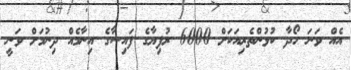
އެއް ވަނަ ހޯދާ ކުޅުންތެރިއަކަށް 6000 ރުފިޔާގެ ފައިސާގެ އިނާމެއް ދިނުމަށް ވަނީ